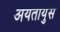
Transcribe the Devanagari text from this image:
अयतायुस